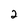
Character: 2